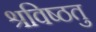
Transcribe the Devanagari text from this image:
श्रविष्ठतु